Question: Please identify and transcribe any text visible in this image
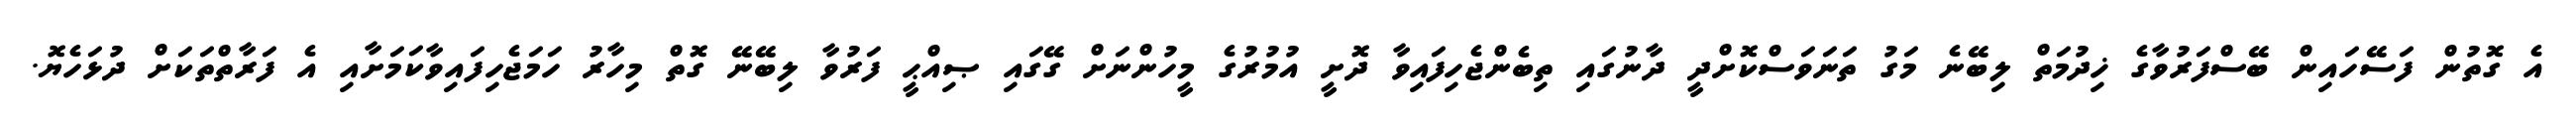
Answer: އެ ގޮތުން ފަސޭހައިން ބޭސްފަރުވާގެ ޚިދުމަތް ލިބޭނެ މަގު ތަނަވަސްކޮށްދީ ދާނުގައި ތިބެންޖެހިފައިވާ ދޮށީ އުމުރުގެ މީހުންނަށް ގޭގައި ޞިއްޙީ ފަރުވާ ލިބޭނޭ ގޮތް މިހާރު ހަމަޖެހިފައިވާކަމަށާއި އެ ފަރާތްތަކަށް ދުޅަހެޔޮ.